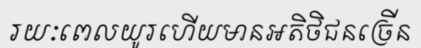
រយៈពេលយូរហើយមានអតិថិជនច្រើន